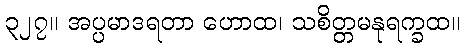
၃၂၇။ အပ္ပမာဒရတာ ဟောထ၊ သစိတ္တမနုရက္ခထ။